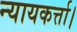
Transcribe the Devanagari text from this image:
न्यायकर्त्ता।